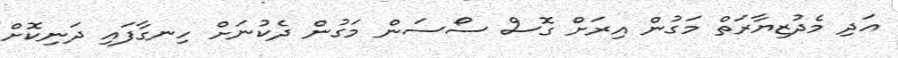
އަދި މެދުޒިޔާރަތް މަގުން އިރަށް ގޮސް ސޯސަން މަގުން ދެކުނަށް ހިނގާފައި ދަނިކޮށް